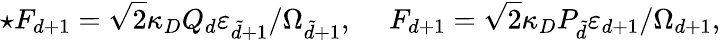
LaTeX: \star F_{d+1}=\sqrt{2}\kappa_{D}Q_{d}\varepsilon_{\tilde{d}+1}/\Omega_{\tilde{d}+1},\ \ \ \ \ F_{d+1}=\sqrt{2}\kappa_{D}P_{\tilde{d}}\varepsilon_{d+1}/\Omega_{d+1},